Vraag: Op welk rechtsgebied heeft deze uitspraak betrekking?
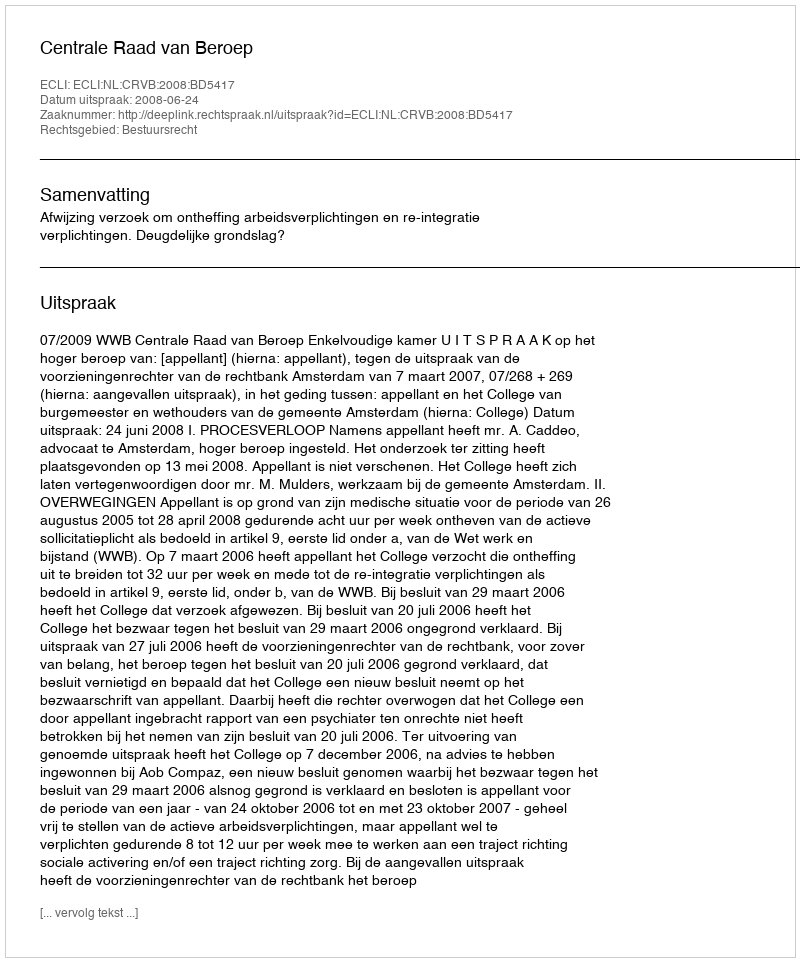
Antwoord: Bestuursrecht